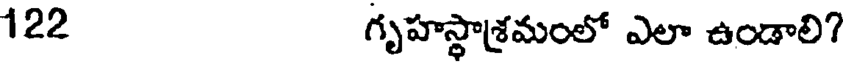
122 గృహస్థాశ్రమంలో ఎలా ఉండాలి?